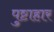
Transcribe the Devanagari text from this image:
पुष्टाहार